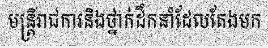
មន្ត្រីរាជការនិងថ្នាក់ដឹកនាំដែលតែងមក